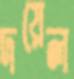
দয়েল